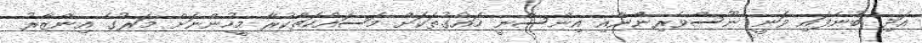
އަދި ބުނެފައި ވަނީ ނޫސްވެރިންނާއި އިންސާނީ ހައްގުތަކަށް މަސައްކަތްކުރާ މީހުންނަށް މަރުގެ އިންޒާރު